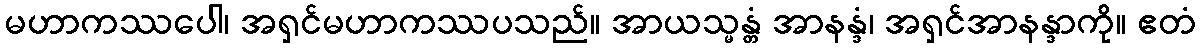
မဟာကဿပေါ၊ အရှင်မဟာကဿပသည်။ အာယသ္မန္တံ အာနန္ဒံ၊ အရှင်အာနန္ဒာကို။ ဧတံ